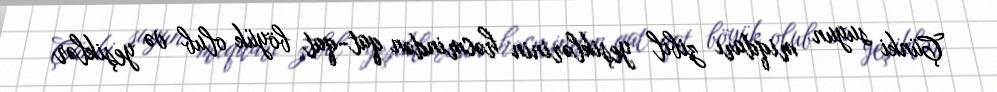
Çünki suyun miqdarı zibil yeşiklərinin həcmindən qat-qat böyük olub və yeşiklər